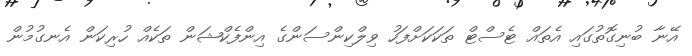
އޭނާ ބުނިގޮތުގައި އެތައް ޓެސްޓް ތަކަކަށްފަހު ވިލްކިންސަންގެ އިންފެކްޝަން ތަކެއް ހުރިކަން އެނގުމުން